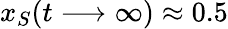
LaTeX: x_{S}(t\longrightarrow\infty)\approx 0.5